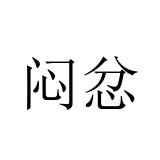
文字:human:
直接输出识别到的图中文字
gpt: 闷忿